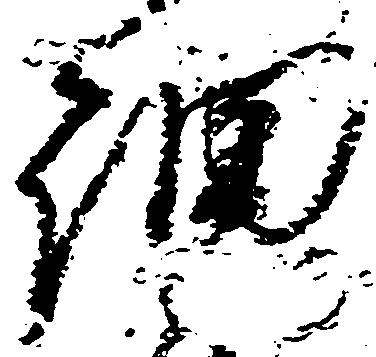
細